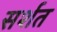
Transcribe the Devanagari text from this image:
सर्शत